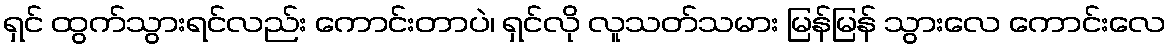
ရှင် ထွက်သွားရင်လည်း ကောင်းတာပဲ၊ ရှင်လို လူသတ်သမား မြန်မြန် သွားလေ ကောင်းလေ